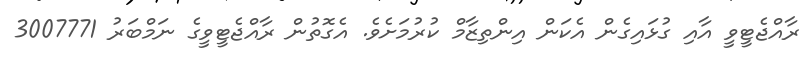
ރާއްޖެޓީވީ އާއި ގުޅައިގެން އެކަން އިންތިޒާމް ކުރުމަށެވެ. އެގޮތުން ރާއްޖެޓީވީގެ ނަމްބަރު 3007771